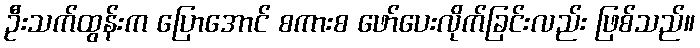
ဦးသက်ထွန်းက ပြောအောင် စကားစ ဖော်ပေးလိုက်ခြင်းလည်း ဖြစ်သည်။